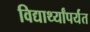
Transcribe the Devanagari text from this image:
विद्यार्थ्यांपर्यंत